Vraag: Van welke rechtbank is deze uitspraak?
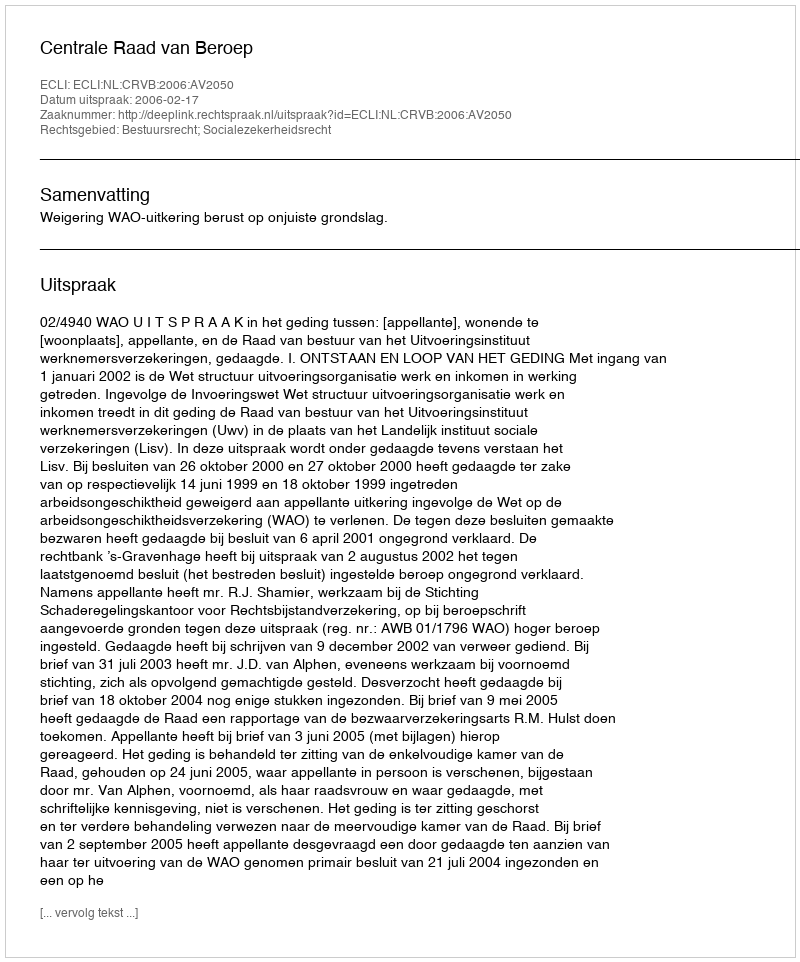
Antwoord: Centrale Raad van Beroep